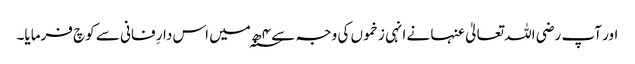
اور آپ رضی اللہ تعالیٰ عنہا نے انہی زخموں کی وجہ سے ۴ ھ؁ میں اس دارِ فانی سے کوچ فرمایا۔